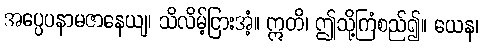
အပ္ပေပနာမဇာနေယျ၊ သိလိမ့်ငြားအံ့။ ဣတိ၊ ဤသို့ကြံစည်၍။ ယေန၊